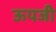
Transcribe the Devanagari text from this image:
ऊपजी